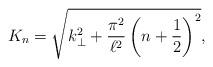
LaTeX: \begin{align*}K_n=\sqrt{k_\bot^2+\frac{\pi^2}{\ell^2}\left(n+\frac{1}{2}\right)^2},\end{align*}